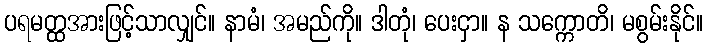
ပရမတ္ထအားဖြင့်သာလျှင်။ နာမံ၊ အမည်ကို။ ဒါတုံ၊ ပေးငှာ။ န သက္ကောတိ၊ မစွမ်းနိုင်။